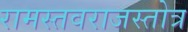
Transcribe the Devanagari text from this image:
रामस्तवराजस्तोत्र